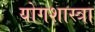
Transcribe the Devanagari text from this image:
योगशास्त्रा